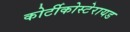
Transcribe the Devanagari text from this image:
कोर्टीकोस्टेरायड